Vaccination in Bombay 1869-1873 - 1869-1873
Year: 1869
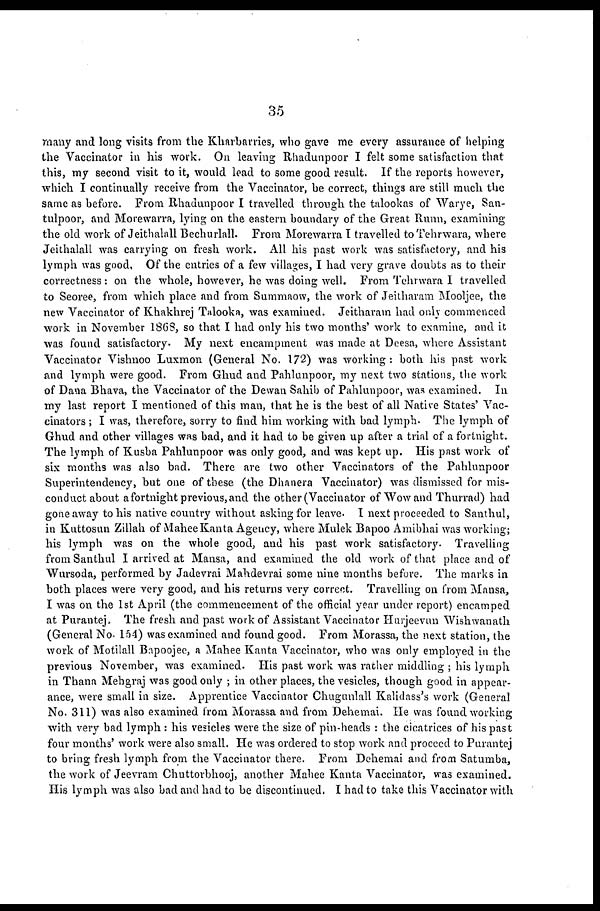
35
many and long visits from the Kharbarries, who gave me every assurance of helping
the Vaccinator in his work. On leaving Rhadunpoor I felt some satisfaction that
this, my second visit to it, would lead to some good result. If the reports however,
which I continually receive from the Vaccinator, be correct, things are still much the
same as before. From Rhadunpoor I travelled through the talookas of Warye, San-
tulpoor, and Morewarra, lying on the eastern boundary of the Great Runn, examining
the old work of Jeithalall Bechurlall. From Morewarra I travelled toTehrwara, where
Jeithalall was carrying on fresh work. All his past work was satisfactory, and his
lymph was good, Of the entries of a few villages, I had very grave doubts as to their
correctness : on the whole, however, he was doing well. From Tehrwara I travelled
to Seoree, from which place and from Summnow, the work of Jeitharam Mooljee, the
new Vaccinator of Khakhrej Talooka, was examined. Jeitharam had only commenced
work in November 1868, so that I had only his two months' work to examine, and it
was found satisfactory. My next encampment was made at Deesa, where Assistant
Vaccinator Vishnoo Luxmon (General No. 172) was working: both his past work
and lymph were good. From Ghud and Pahlunpoor, my next two stations, the work
of Dana Bhava, the Vaccinator of the Dewan Sahib of Pahlunpoor, was examined. In
my last report I mentioned of this man, that he is the best of all Native States' Vac-
cinators ; I was, therefore, sorry to find him working with bad lymph. The lymph of
Ghud and other villages was bad, and it had to be given up after a trial of a fortnight.
The lymph of Kusba Pahlunpoor was only good, and was kept up. His past work of
six months was also bad. There are two other Vaccinators of the Pahlunpoor
Superintendency, but one of these (the Dhanera Vaccinator) was dismissed for mis-
conduct about a fortnight previous, and the other (Vaccinator of Wow and Thurrad) had
gone away to his native country without asking for leave. I next proceeded to Santhul,
in Kuttosun Zillah of Mahee Kanta Agency, where Mulek Bapoo Amibhai was working;
his lymph was on the whole good, and his past work satisfactory. Travelling
from Santhul I arrived at Mansa, and examined the old work of that place and of
Wursoda, performed by Jadevrai Mahdevrai some nine months before. The marks in
both places were very good, and his returns very correct. Travelling on from Mansa,
I was on the 1st April (the commencement of the official year under report) encamped
at Purantej. The fresh and past work of Assistant Vaccinator Hurjeevun Wishwanath
(General No. 154) was examined and found good. From Morassa, the next station, the
work of Motilall Bapoojee, a Mahee Kanta Vaccinator, who was only employed in the
previous November, was examined. His past work was rather middling ; his lymph
in Thana Mehgraj was good only ; in other places, the vesicles, though good in appear-
ance, were small in size. Apprentice Vaccinator Chugunlall Kalidass's work (General
No. 311) was also examined from Morassa and from Dehemai. He was found working
with very bad lymph : his vesicles were the size of pin-heads : the cicatrices of his past
four months' work were also small. He was ordered to stop work and proceed to Purantej
to bring fresh lymph from the Vaccinator there. From Dehemai and from Satumba,
the work of Jeevram Chuttorbhooj, another Mahee Kanta Vaccinator, was examined.
His lymph was also bad and had to be discontinued. I had to take this Vaccinator with